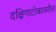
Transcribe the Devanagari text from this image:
दक्षिणटोकावरील